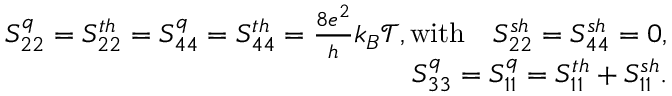
\begin{array} { r } { S _ { 2 2 } ^ { q } = { S _ { 2 2 } ^ { t h } } = S _ { 4 4 } ^ { q } = { S _ { 4 4 } ^ { t h } } = \frac { 8 e ^ { 2 } } { h } k _ { B } \mathcal { T } , \mathrm { w i t h } \quad S _ { 2 2 } ^ { s h } = S _ { 4 4 } ^ { s h } = 0 , } \\ { S _ { 3 3 } ^ { q } = S _ { 1 1 } ^ { q } = S _ { 1 1 } ^ { t h } + { S _ { 1 1 } ^ { s h } } . } \end{array}